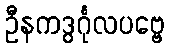
ဦနကဒွင်္ဂုလပဗ္ဗေ